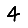
Digit: 4